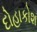
દોહાકોશ